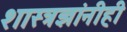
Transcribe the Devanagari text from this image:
शास्त्रज्ञांनीही